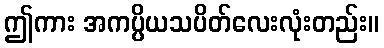
ဤကား အကပ္ပိယသပိတ်လေးလုံးတည်း။